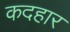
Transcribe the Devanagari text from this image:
कदहार